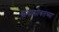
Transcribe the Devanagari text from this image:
संघासोबतच्या